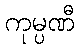
ကုမ္ပဏီ